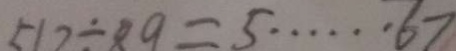
5 1 2 \div 8 9 = 5 \cdots 6 7